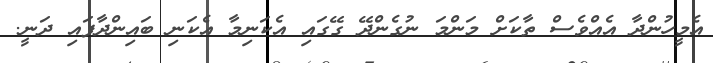
އެމީހުންދާ އެއްވެސް ތާކަށް މަންމަ ނުގެންދޭ ގޭގައި އެކަނިމާ އެކަނި ބައިންދާފައި ދަނީ.